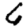
Digit: 6